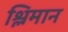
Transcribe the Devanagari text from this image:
श्लिमान